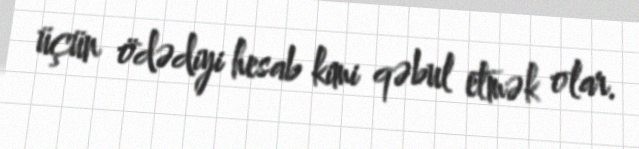
üçün ödədiyi hesab kimi qəbul etmək olar.